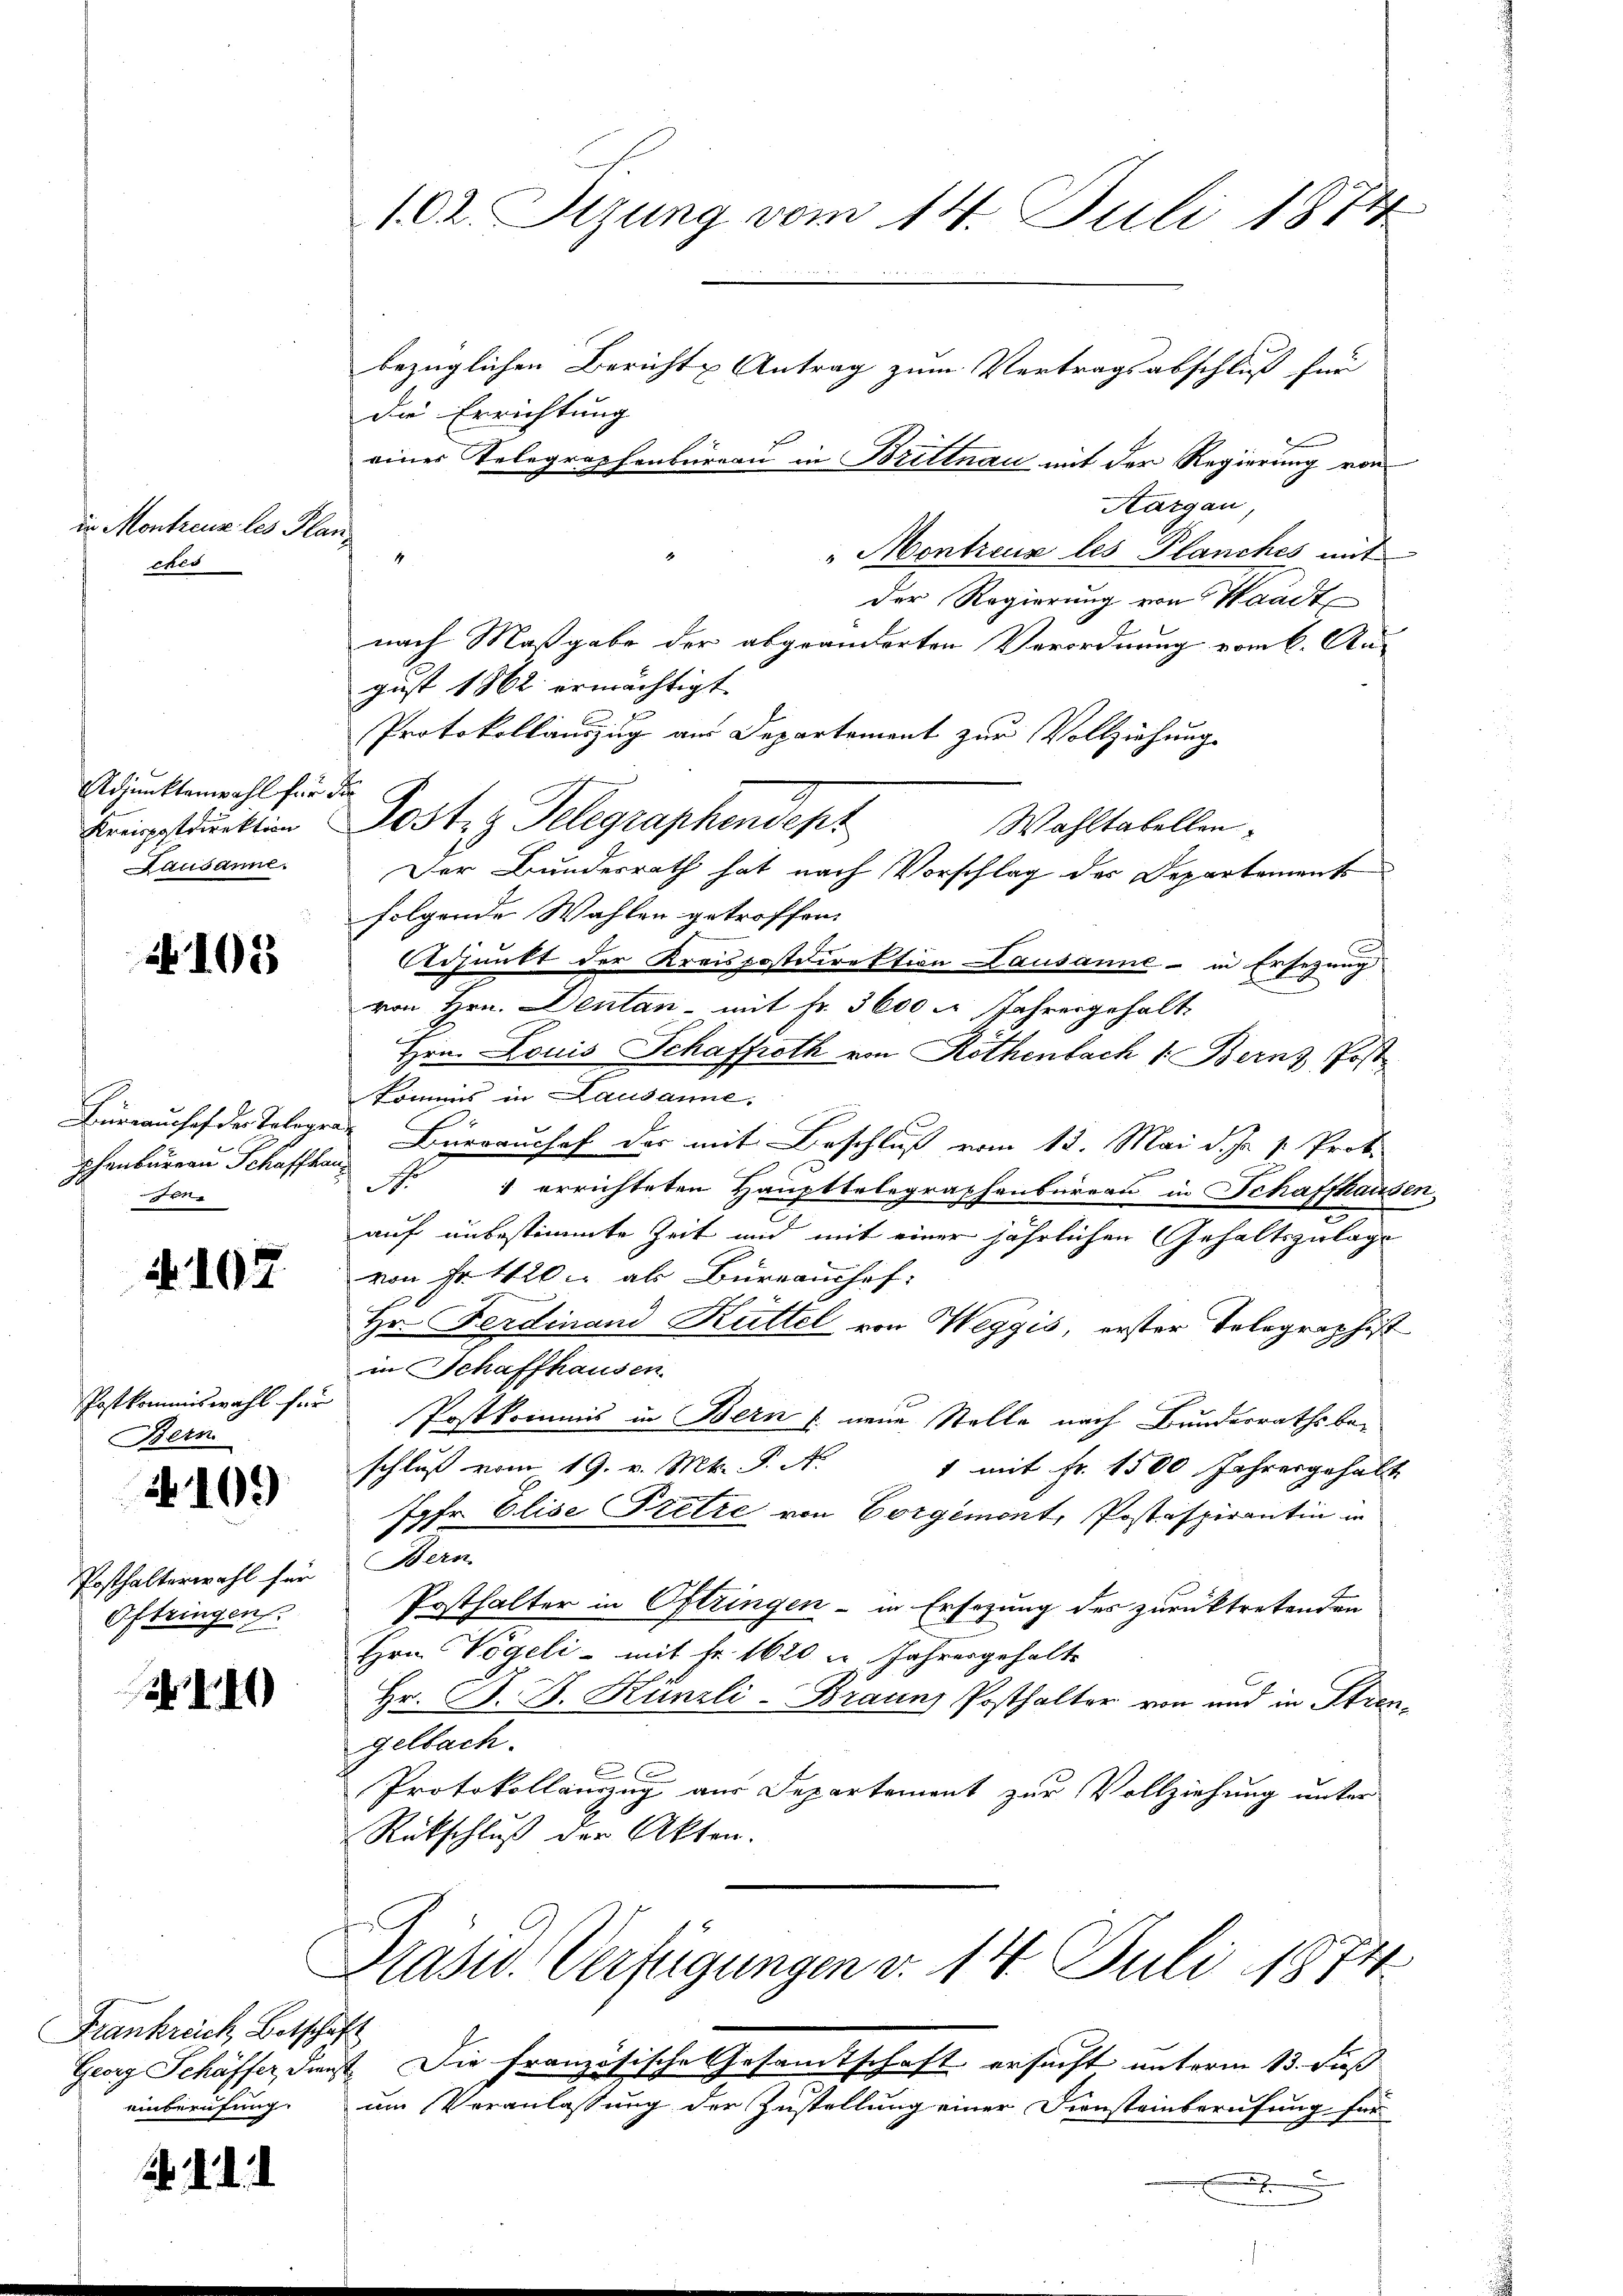
io Montreur les Planches

Adjunktenwahl für die
Lausame.

105

No 102.

2109

Posthalterwahl für Bern
Oftringen.

N 140

Frankreich, Botschaft
einberufung.

2. d. d. d.

phenbureau Schaffhauon

Bern

bezüglichen Bericht Antrag zum Vertragsabschluß für
die Errichtung
eines Telegraphenburgau in Brittnau mit der Regierung von
Aargau,
"Montreux les Planches mit
4
d
der Regierung von Waadt
nach Maßgabe der abgeänderten Verordnung vom 6. August 1862 ermächtigt
Protokollauszug aus Departement zur Vollziehung
Bringestruktion Postzy Telegraphendept
Wahltabellen.
Der Bundesrath hat nach Vorschlag des Departements
folgende Wahlen getroffen.
Adjunkt der Kreispostdirektion Lausanne - in Ersezung
von Hrn. Dentan - mit Fr. 3600 m Jahresgehalt
Hrn. Louis Schaffeth von Rothenbach 1. Berns, Post
kommis in Lausanne.
Hürrauches der Tolegrau Büreaushof der mit Beschluß vom 13. Mai d. Js. p. Prof.
e
E
1 errichteten Haupttelegraphenbüreau in Schaffhausen,
auf unbestimmte Zeit und mit einer jährlichen Gehaltszulage
von Fr. 420. als Büreaushef:
Hr. Ferdinand Küttel von Weggis, erster Telegraphist
in Schaffhausen.
Postkommiswahl für Postkommis in Bern /: neue Stelle nach Bunderrathsbeschluß vom 19. v. Mt. P. N.
1 mit Fr. 1500 Jahresgehalt
Jgfr. Elise Pretze von Vorgemont, Postaspirantin in
Posthalter in Oftringen - in Ersezung des zurücktretenden
Hrn. Vögeli mit Fr. 1620 u. Jahresgehalte
Hr. P. B. Künzli-Brauns Posthalter von und in Strengelbach.
 x
Protokollauszug aus Departement zur Vollziehung unter
Rückschluß der Akten.
Hasw. Verfügungen d. 14. Juli 1874
Georg Schäffer, Dienst. Die französische Gesamtschaft ersucht unterm 13. dieß
um Veranlassung der Zustellung einer Diensteinberufung für
e

102. Sizung vom 14. Juli 1874